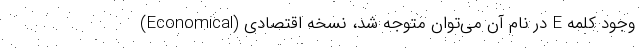
وجود کلمه E در نام آن می‌توان متوجه شد، نسخه اقتصادی (Economical)